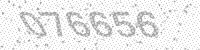
Solution: 076656